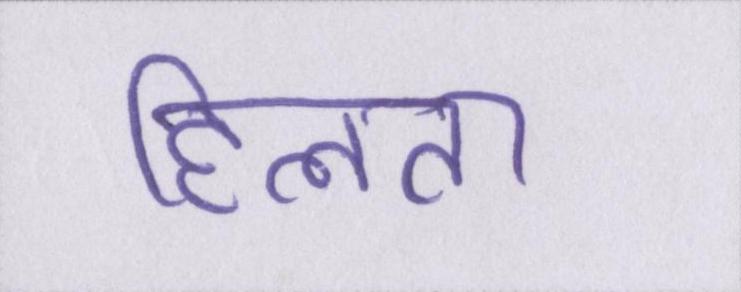
हिलता